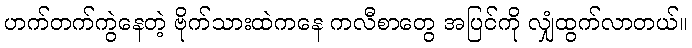
ဟက်တက်ကွဲနေတဲ့ ဗိုက်သားထဲကနေ ကလီစာတွေ အပြင်ကို လျှံထွက်လာတယ်။